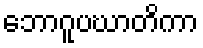
ဘောဂူပဃာတိကာ